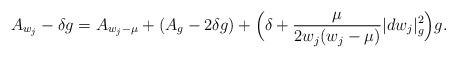
LaTeX: \begin{align*}A_{w_j} - \delta g = A_{w_j - \mu} + (A_g - 2\delta g) + \Big(\delta + \frac{\mu}{2w_j(w_j - \mu)} |dw_j|_g^2\Big)g.\end{align*}